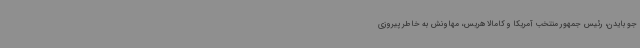
جو بایدن، رئیس جمهور منتخب آمریکا و کامالا هریس، مهاونش به خاطر پیروزی